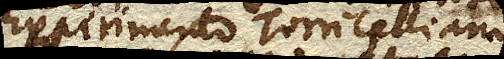
Experimento Torricelliano